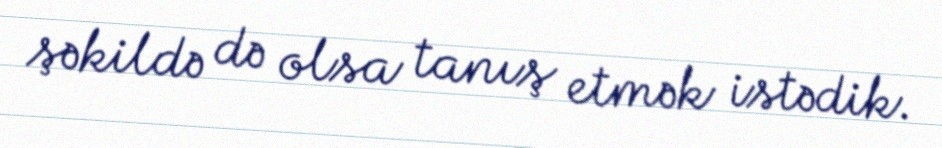
şəkildə də olsa tanış etmək istədik.